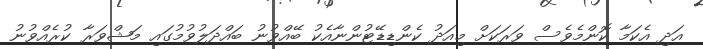
އަދި އެކަމާ ކޮންމެވެސް ވަރަކަށް މިއަދު ކެންޑިޑޭޓުންނާއެކު ބޭއްވުނު ބައްދަލުވުމުގައި މަޝްވަރާ ކުރެއްވުނު